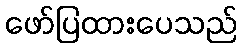
ဖော်ပြထားပေသည်